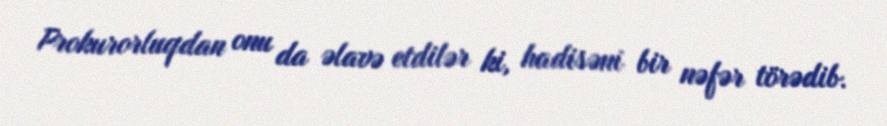
Prokurorluqdan onu da əlavə etdilər ki, hadisəni bir nəfər törədib.